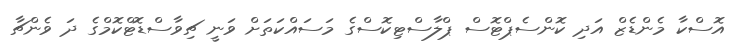
އޮސްކާ މެންޑެޒް އަދި ކޮންސެޕްޓޮސް ޕްލާސްޓިކޮސްގެ މަސައްކަތަށް ވަނީ ޗިވާސްޑޮޓްކޮމްގެ ދަ ވެންޗާ